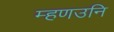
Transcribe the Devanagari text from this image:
म्हणउनि